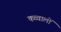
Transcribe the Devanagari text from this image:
कव्वालों